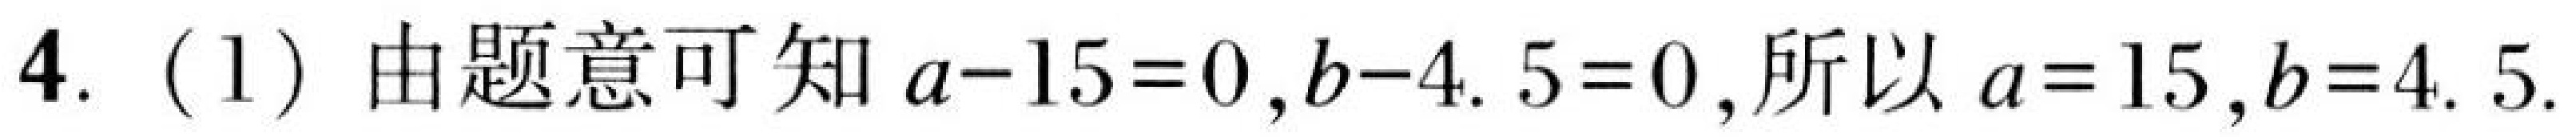
$4.\ (1)$ 由题意可知$a - 15 = 0,b - 4.5 = 0$,所以$a = 15,b = 4.5$.